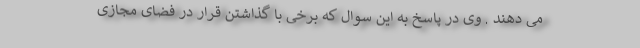
می دهند . وی در پاسخ به این سوال که برخی با گذاشتن قرار در فضای مجازی